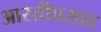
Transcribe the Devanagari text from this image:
आरतीप्रसाद